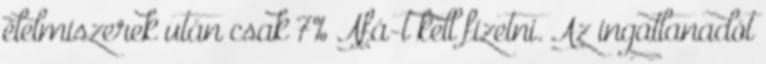
élelmiszerek után csak 7% Áfá-t kell fizetni. Az ingatlanadót